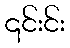
၎င်းင်း